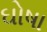
ઘોષા